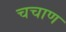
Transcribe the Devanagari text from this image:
चचाण